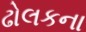
ઢોલકના